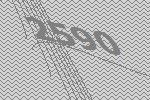
2590